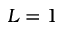
L = 1